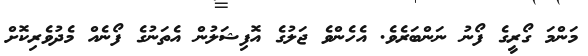
މަންމަ ގޯރީގެ ފޯނު ނަންބަރެވެ. އެހެންވެ ޖަލުގެ އޮފިޝަލުން އެތަނުގެ ފޯނެއް މެދުވެރިކޮށް